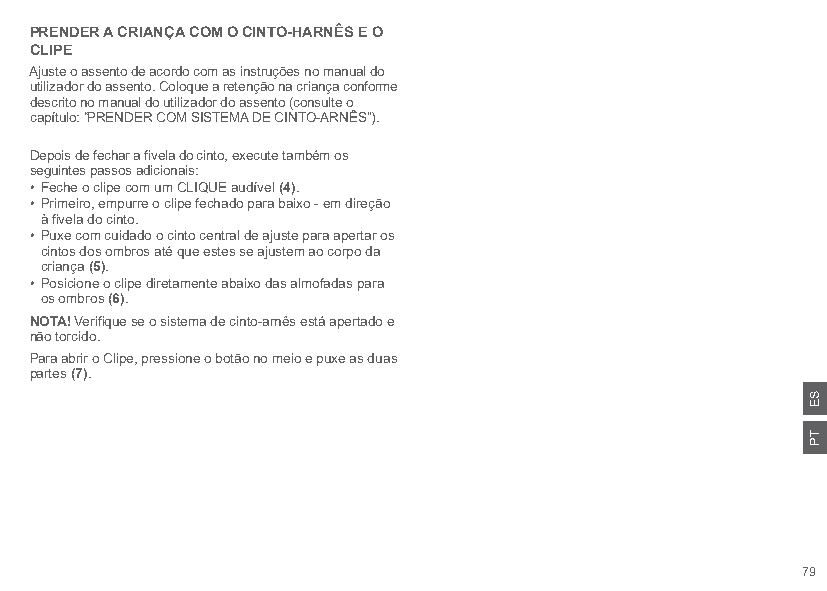
PRENDER A CRIANÇA COM O CINTO-HARNÊS E O
 CLIPE
 Ajuste o assento de acordo com as instruções no manual do
 utilizador do assento. Coloque a retenção na criança conforme
 descrito no manual do utilizador do assento (consulte o
 capítulo: “PRENDER COM SISTEMA DE CINTO-ARNÊS”).
 Depois de fechar a fivela do cinto, execute também os
 seguintes passos adicionais:
 • Feche o clipe com um CLIQUE audível (4).
 • Primeiro, empurre o clipe fechado para baixo - em direção
 à fivela do cinto.
 • Puxe com cuidado o cinto central de ajuste para apertar os
 cintos dos ombros até que estes se ajustem ao corpo da
 criança (5).
 • Posicione o clipe diretamente abaixo das almofadas para
 os ombros (6).
 NOTA! Verifique se o sistema de cinto-arnês está apertado e
 não torcido.
 Para abrir o Clipe, pressione o botão no meio e puxe as duas
 partes (7).
 79
 SE
 TP